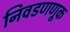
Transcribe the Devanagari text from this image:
निवडणणूक